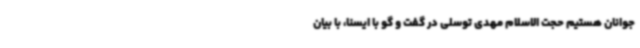
جوانان هستیم حجت الاسلام مهدی توسلی در گفت و گو با ایسنا، با بیان